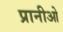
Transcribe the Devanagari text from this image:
प्रानीओ